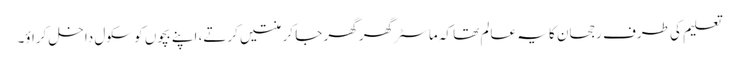
تعلیم کی طرف رجحان کا یہ عالم تھا کہ ماسٹر گھر گھر جا کر منتیں کرتے، اپنے بچوں کو سکول داخل کراؤ۔